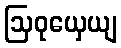
ဩဝုယှေယျ